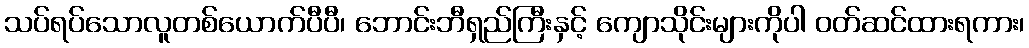
သပ်ရပ်သောလူတစ်ယောက်ပီပီ၊ ဘောင်းဘီရှည်ကြီးနှင့် ကျောသိုင်းများကိုပါ ဝတ်ဆင်ထားရကား၊